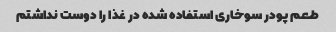
طعم پودر سوخاری استفاده شده در غذا را دوست نداشتم